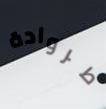
طروادة